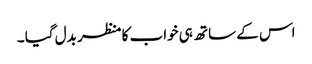
اس کے ساتھ ہی خواب کا منظر بدل گیا ۔